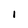
Character: 1